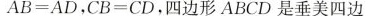
$$A B = A D$$，$$C B = C D$$，四边形ABCD是垂美四边